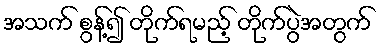
အသက် စွန့်၍ တိုက်ရမည့် တိုက်ပွဲအတွက်